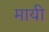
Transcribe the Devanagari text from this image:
मायी